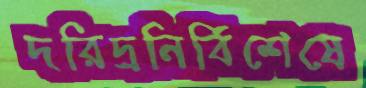
দরিদ্রনির্বিশেষে